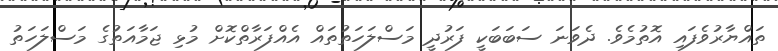
ތައްޔާރުވެފައި އޮތުމެވެ. ދެވަނަ ސަބަބަކީ ފަރުދީ މަސްލަހަތުތައް އެއްފަރާތްކޮށް މުޅި ޖަމާއަތުގެ މަސްލަހަތު